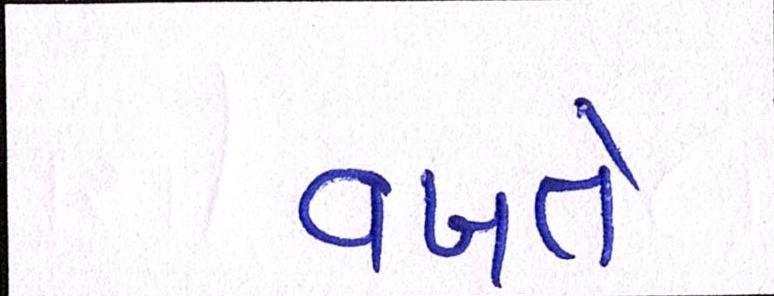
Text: વખતે